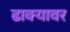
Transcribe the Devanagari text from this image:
ढाक्यावर